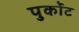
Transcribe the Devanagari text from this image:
पुर्कोट